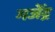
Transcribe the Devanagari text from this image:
गजॆंद्र